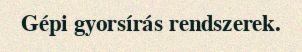
Gépi gyorsírás rendszerek.